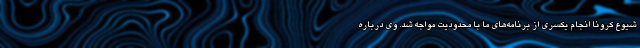
شیوع کرونا انجام یکسری از برنامه‌های ما با محدودیت مواجه شد. وی درباره